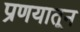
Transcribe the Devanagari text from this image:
प्रणयातून